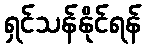
ရှင်သန်နိုင်ရန်